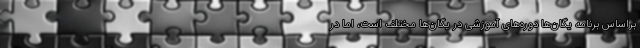
براساس برنامه یگان‌ها دوره‌های آموزشی در یگان‌ها مختلف است، اما در